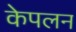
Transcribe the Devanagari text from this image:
केपलन